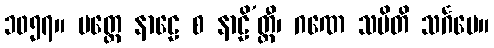
၁၀၅၇။ ပတ္ထေ နာဠေ စ နာဠိ’တ္ထီ၊ ဂဏေ သမိတိ သင်္ဂမေ။